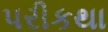
પરીકથા